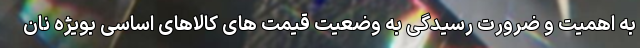
به اهمیت و ضرورت رسیدگی به وضعیت قیمت های کالاهای اساسی بویژه نان